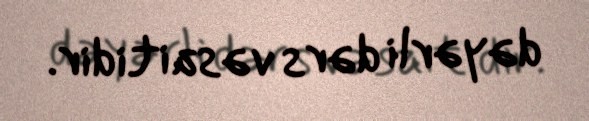
dəyərli dərs vəsaitidir.